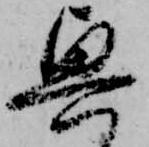
奥